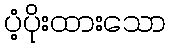
ပံ့ပိုးထားသော